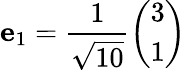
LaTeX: \mathbf{e}_{1}={\frac{1}{\sqrt{10}}}{\left(\begin{array}{l}{3}\\ {1}\end{array}\right)}